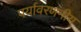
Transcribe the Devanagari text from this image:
पर्यावरणनीय